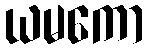
ယမကော